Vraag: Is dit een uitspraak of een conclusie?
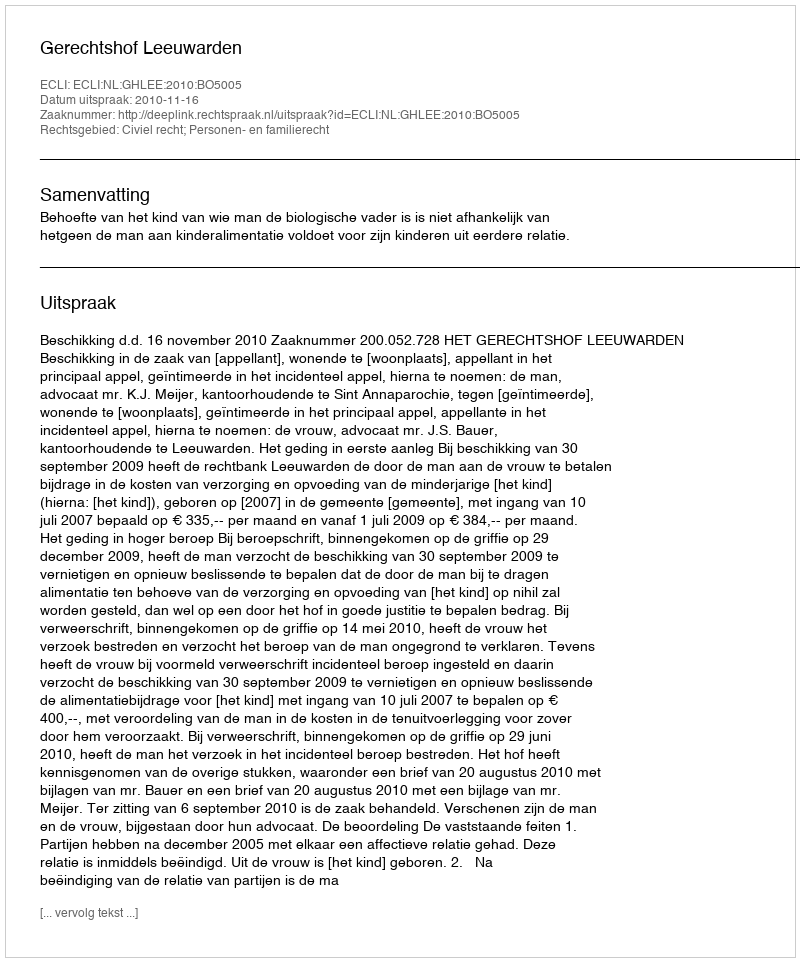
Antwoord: Uitspraak